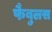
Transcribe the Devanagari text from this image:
फैबुलस